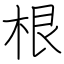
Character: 根